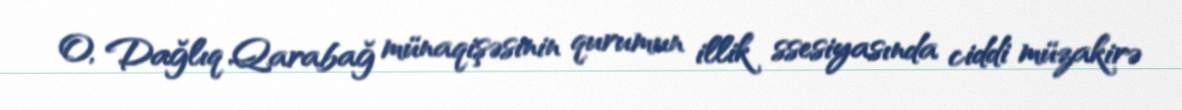
O, Dağlıq Qarabağ münaqişəsinin qurumun illik ssesiyasında ciddi müzakirə